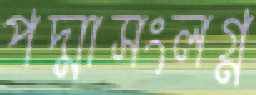
পদ্মাসংলগ্ন